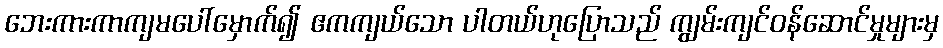
ဘေးကားကာကျမပေါ်မှောက်၍ ဧကကျယ်သော ပါတယ်ဟုပြောသည် ကျွမ်းကျင်ဝန်ဆောင်မှုများမှ